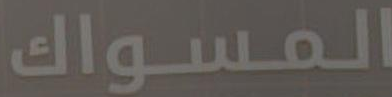
المسواك